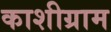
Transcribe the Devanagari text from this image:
काशीग्राम